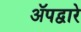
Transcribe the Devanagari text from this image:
ॲपद्वारे